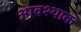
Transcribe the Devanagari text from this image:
आवश्याक